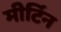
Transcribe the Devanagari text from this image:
मीर्टिन